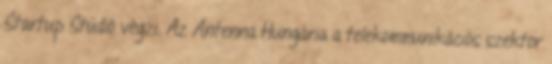
Startup Stúdió végzi. Az Antenna Hungária a telekommunikációs szektor